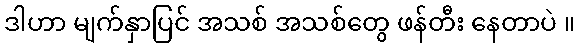
ဒါဟာ မျက်နှာပြင် အသစ် အသစ်တွေ ဖန်တီး နေတာပဲ ။